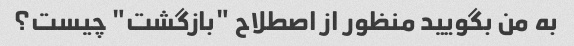
به من بگویید منظور از اصطلاح "بازگشت" چیست؟